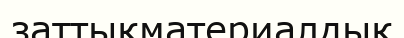
заттықматериалдық